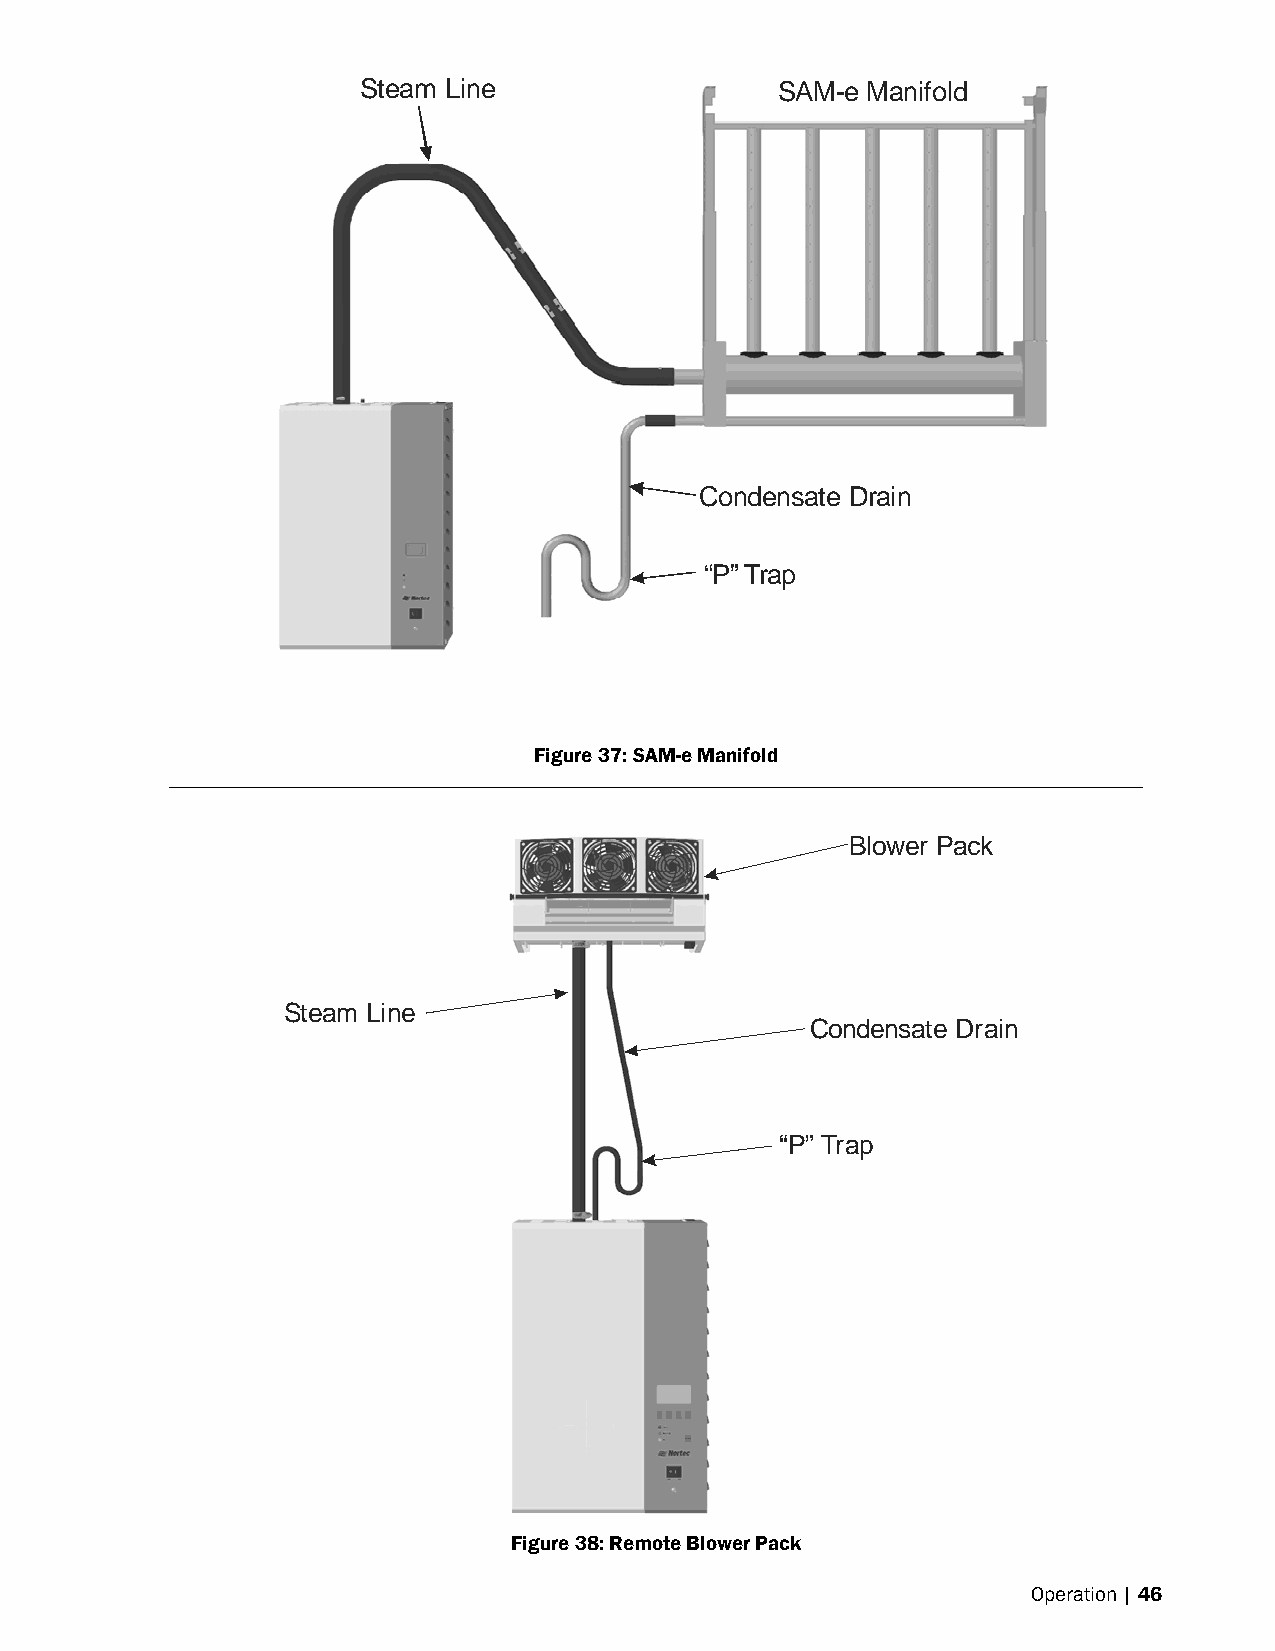
Steam Line                  SAM-e Manifold
 Condensate Drain
 “P” Trap
 Figure 37: SAM-e Manifold
 Blower Pack
 Steam Line
 Condensate Drain
 “P” Trap
 Figure 38: Remote Blower Pack
 Operation | 46